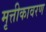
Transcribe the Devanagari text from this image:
मृत्तीकावरण